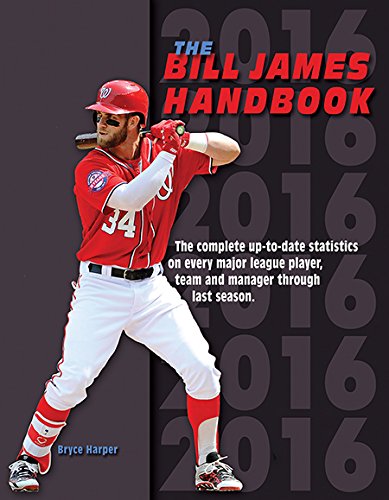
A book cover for The Bill James Handbook 2016; Bill James; Reference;